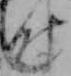
時